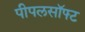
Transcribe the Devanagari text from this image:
पीपलसॉफ्ट